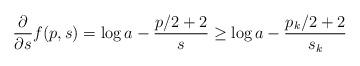
LaTeX: \begin{align*}\frac{\partial}{\partial s}f(p,s) = \log a - \frac{p/2+2}{s} \geq \log a - \frac{p_k/2+2}{s_k}\end{align*}